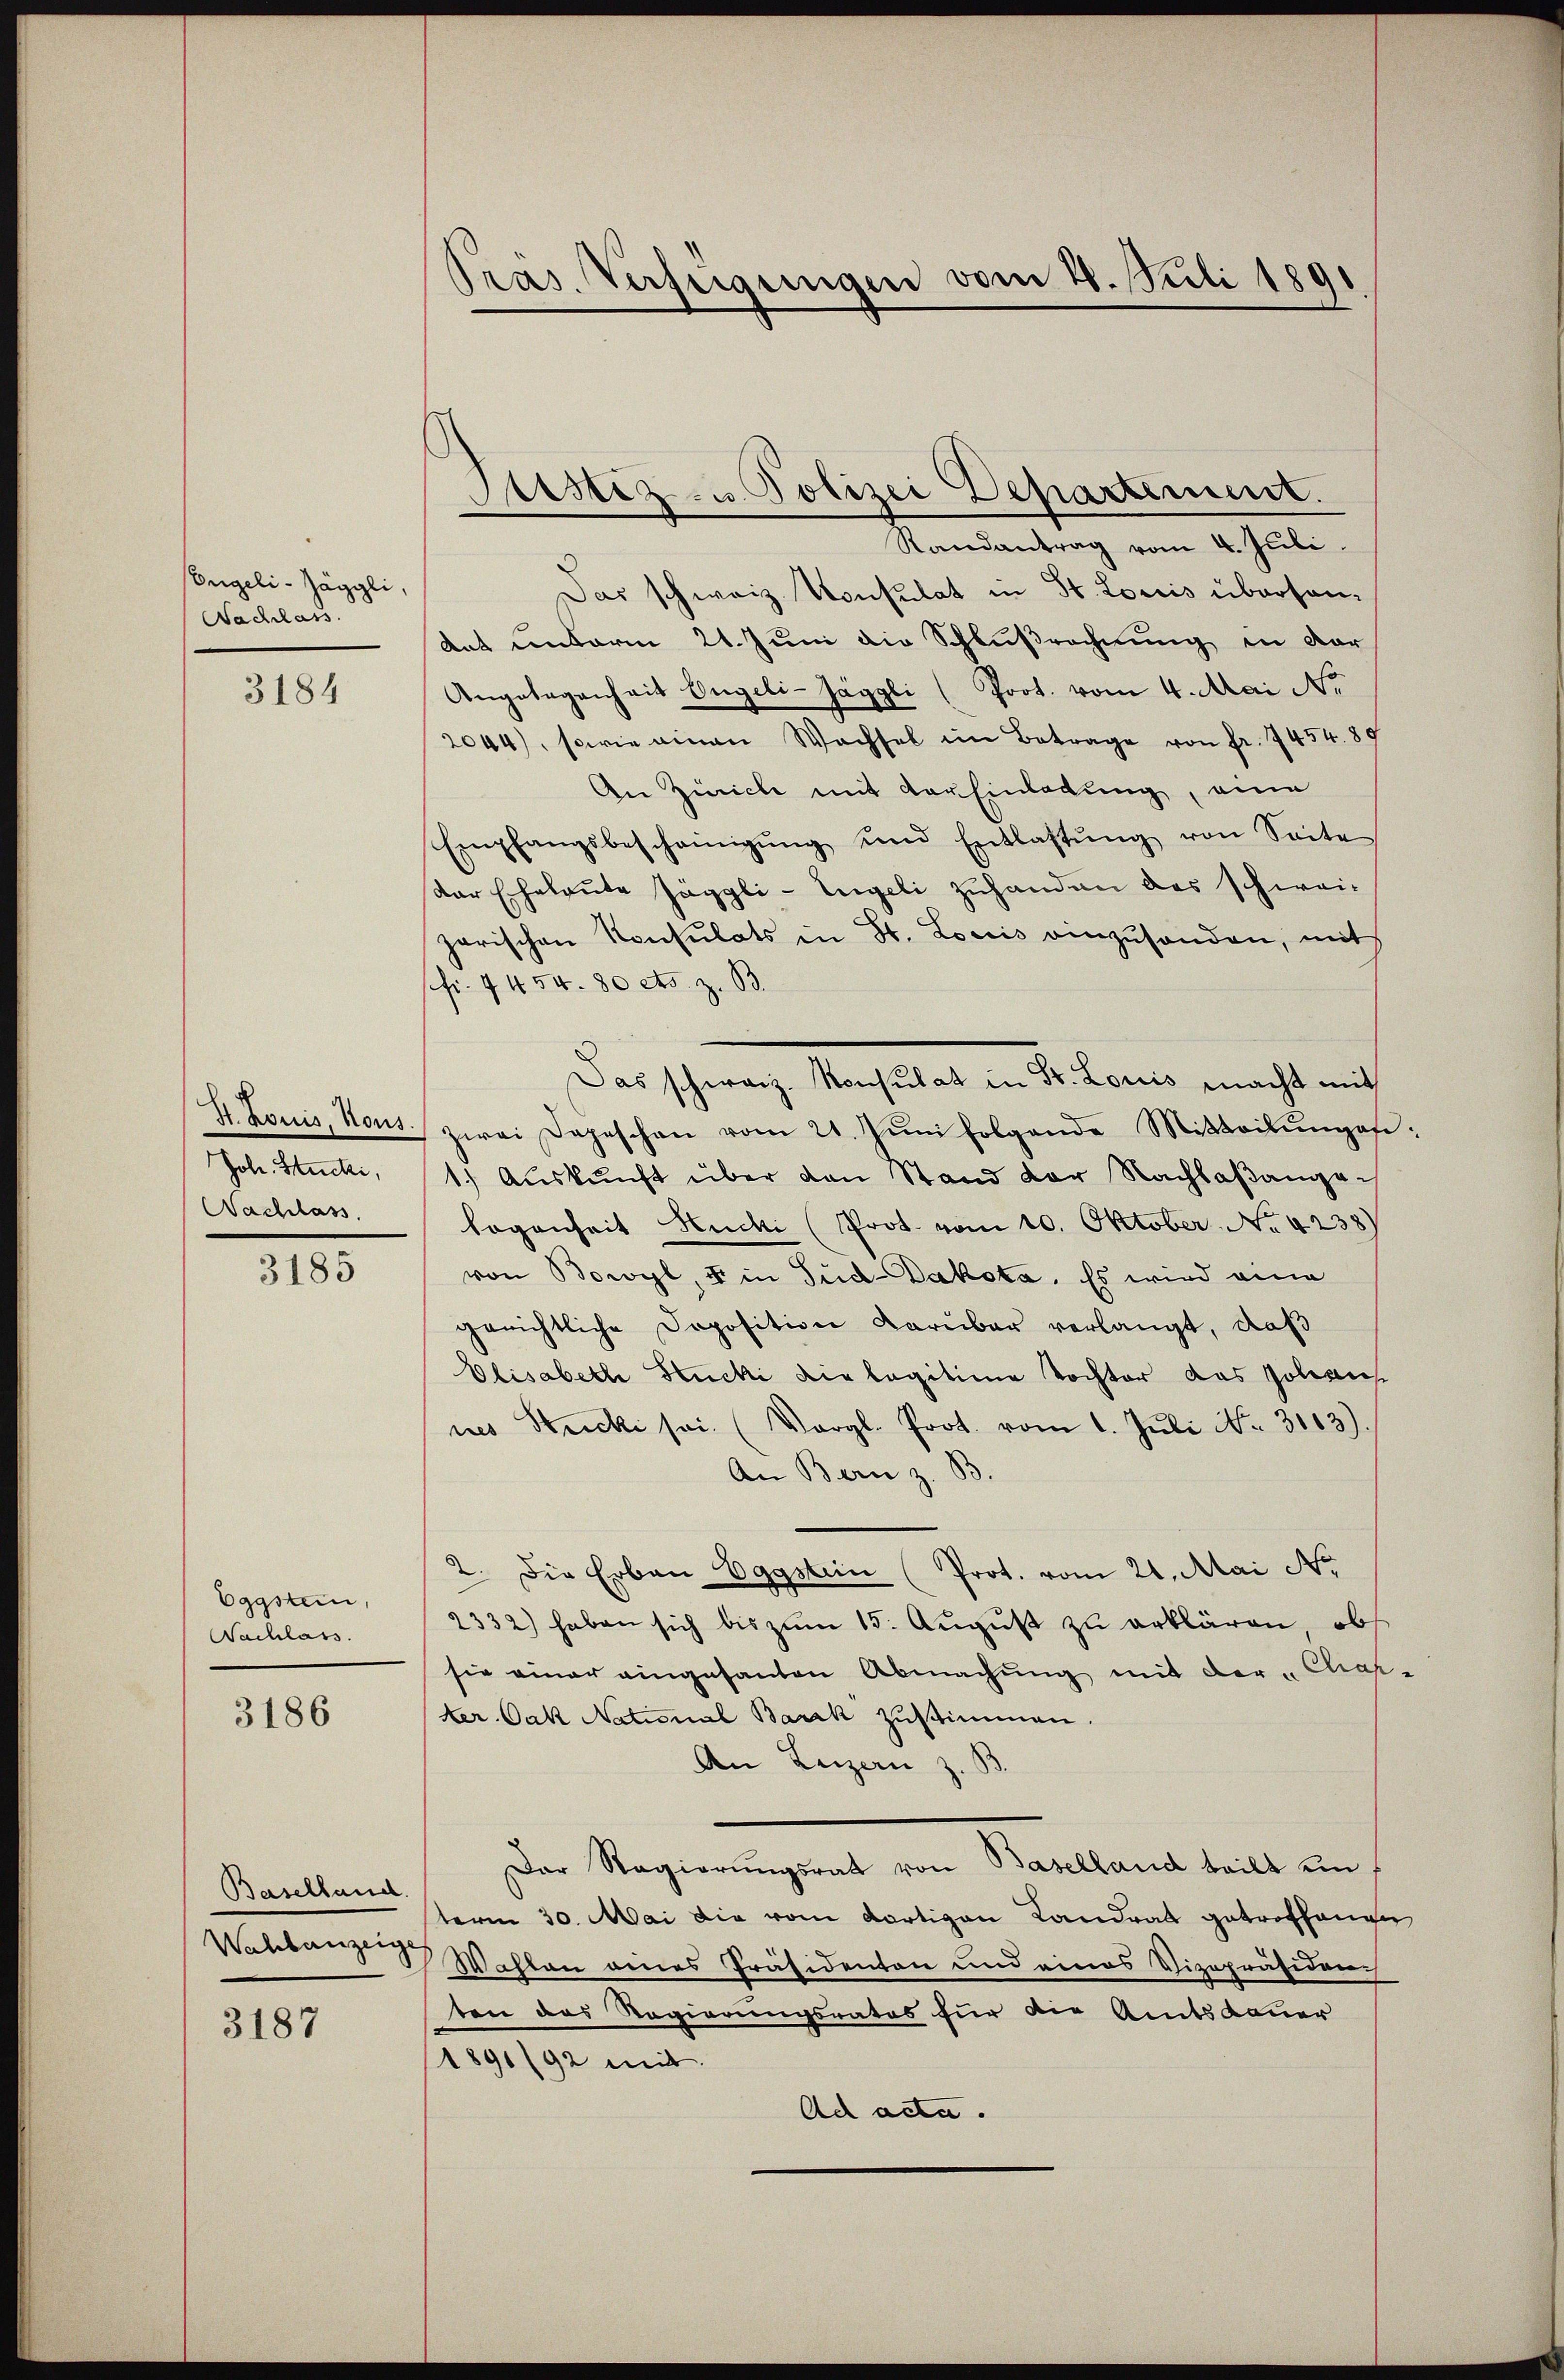
Engeli - Jäggli,
Nachlass.

3184

H. Louis, Nous.
Joh. Stucki,
Nachlass

3185

Eggsten,
Nachlass.

3186

Baselland
Wahlanzeige

3187

Pras. Verfügungen vom 28. Juli 1891

Sistiz- u Polizei Departement.

Randantrag vom 4. Juli.
Das schweiz. Konsulat in St. Loriis übersan¬
Ant unterm 21. Juni die Schlußrechnung in dor
Angelegenheit Engeli-Jäggli (Prot. vom 4. Mai Nr.
2044), sowie einen Wachsel im Betrage von fr. 7454. 89
An Zürich mit der Einladung, eine
Empfangsbescheinigŭng und Entlassŭng von Seite
Dar Eheleute Jäggli-Engeli zuhanden das schwei-
parischen Konsulats in St. Loriis anzŭsenden, mit
sfr. 4454. 80 cts. z. B.
Das schweiz. Konsulat in St. Loriis macht mit
zwei Depeschen vom 21. Jŭni folgende Mitteilŭngs:
1.) Auskunft über den Stand der Nachlaßangelogenheit Stucki (Prot. vom 10. Oktober. No. 4238)
von Bowyl, u in Sud-Dakota. Es wird eine
gerichtliche Deposition darüber verlangt, daß
Elisabeth Stucki die legitime Tochter das Johans
nes Stucki sei. (Vergl. Prot. vom 1. Jŭli No. 3163).
An Bern z. B.
2. Die Erban Eggstein (Prot. vom 21. Mai Nr.
2332) haben sich bis zŭm 15. Aŭgŭst zŭ erklären, obs
sie einer eingesanten Abmachung mit der „Chap-
ter. Jak National Barck zustimmen.
An Luzern z. B.
Der Regierŭngsrat von Baselland teilt um f
term 30. Mai die vom dortigen Landrat getroffenen
Wahlen eines Präsidenten und eines Vizepräsiden
ten das Regierungsrates für die Amtsdauer
1891/92 mit
Ad acta.